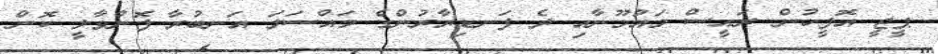
ޕީޖީ އޮފީހުން ރައީސް މައުމޫނާއި ދެ ފަނޑިޔާރުންގެ މައްސަލަ އަނބުރާ ފޮނުވާލީ ކޮން